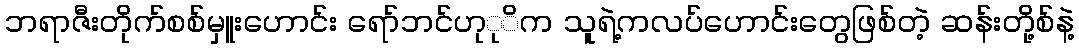
ဘရာဇီးတိုက်စစ်မှူးဟောင်း ရော်ဘင်ဟုုိက သူရဲ့ကလပ်ဟောင်းတွေဖြစ်တဲ့ ဆန်းတို့စ်နဲ့